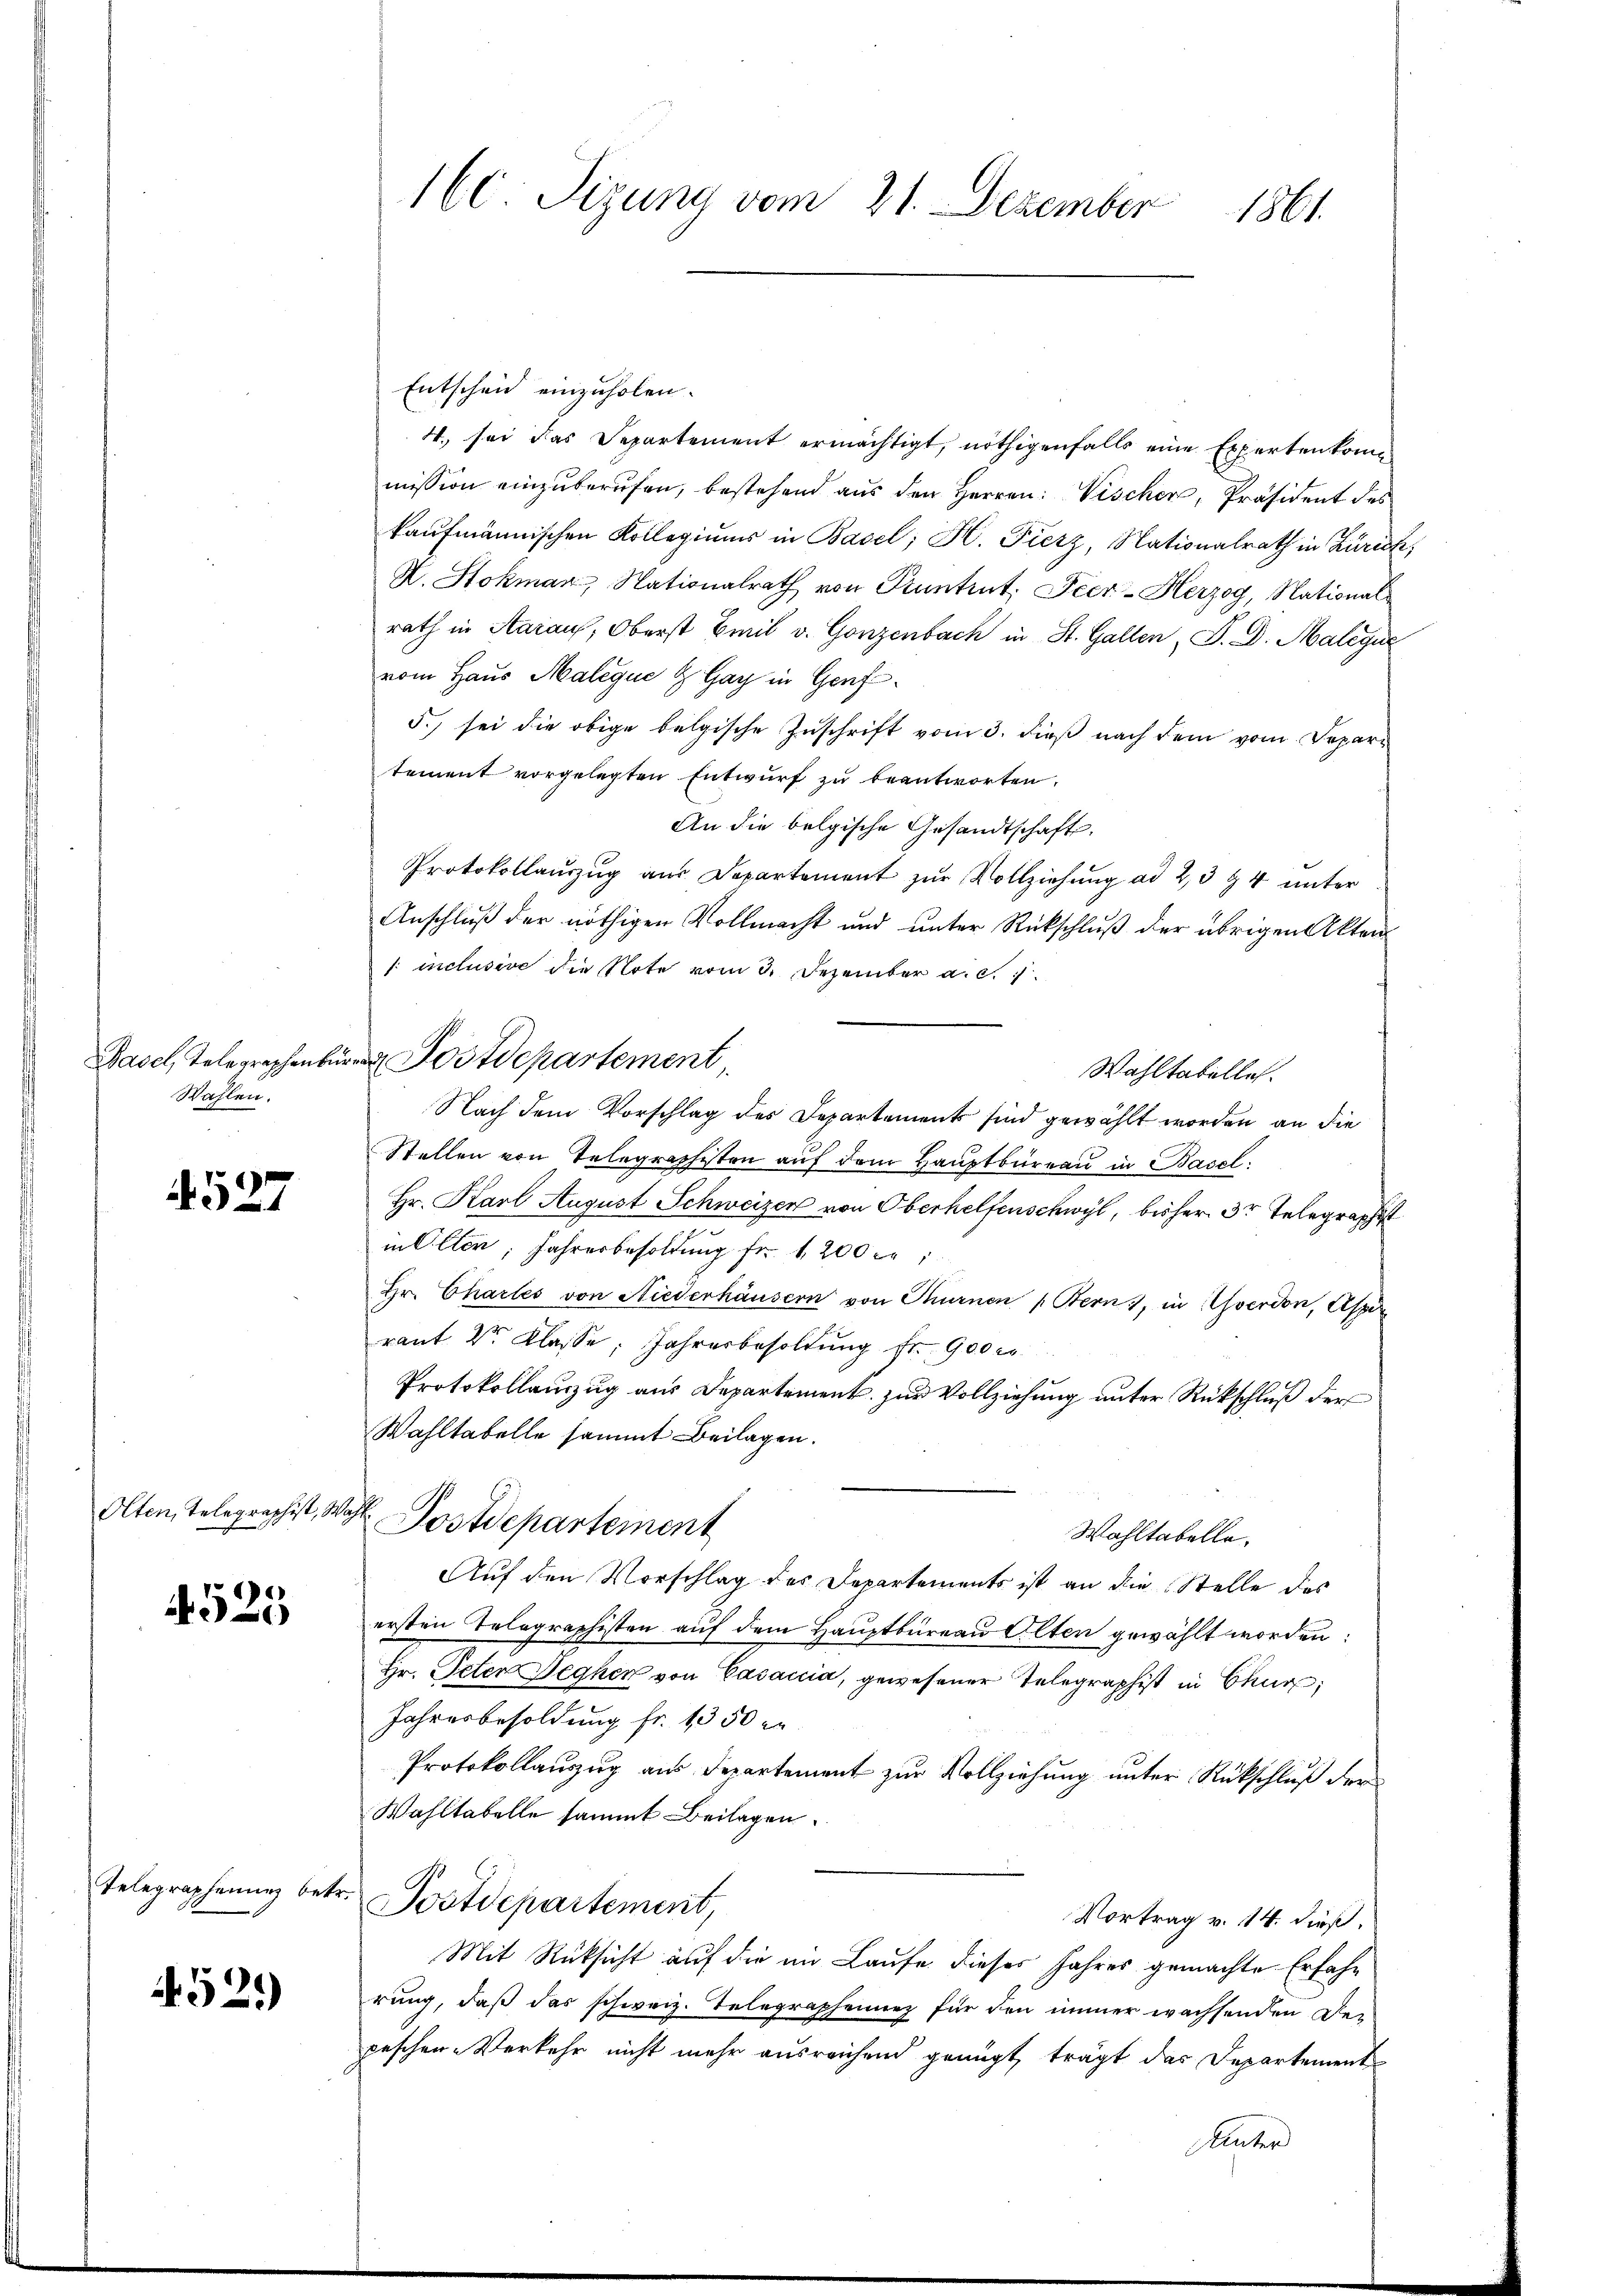
Wahlen.

4527

Olten, Telegraphist, Wahl¬

525

Telegraphenne betr.

52.)

Entscheid einzuholen.
4. sei das Departement ermächtigt, nöthigenfalls eine Expertenkommission einzuberufen, bestehend aus den Herren: Vischer, Präsident des
kaufmännischen Kollegiums in Basel; H. Fierz, Nationalrath in Zürich,
K. Stokman, Nationalrath von Pruntrut. Peer- Herzog, Nationalrath in Aarauf, Oberst Emil v. Gonzenbach in St. Gallen, S. D. Malegu
vom Haus Malique & Gay in Genf
5.) sei die obige belgische Zuschrift vom 3. dieß nach dem vom Departement vorgelegten Entwurf zu beantworten.
An die belgische Gesandtschaft.
Protokollaŭszŭg aŭs Departement zŭr Vollziehŭng ad 2,3 & 4 unter
Anschluß der nöthigen Vollmacht und unter Rückschluß der übrigen Akten
/: inclusive die Note vom 3. Dezember a. c. 1
Wahltabelle.
Nach dem Vorschlag des Departements sind gewählt worden an die
Stellen von Telegraphesten aŭf dem Hauptbüreau in Basel:
Hr. Karl August Schweizer von Oberhelfenschwyl, bisher Dr Telegraphist
in Olten, Jahresbesoldung fr. 1200 Fr
Hr. Chartes von Niederhäusern von Thurnen „Bern), in verdon, Aspir
rant 2r Klasse: Jahresbesoldung fr. 900 r
Protokollauzzug aus Departement zur Vollziehung unter Rückschluß der
Wahltabelle sammt Beilagen.
Postdepartement
Wahltabelle.
Auf den Vorschlag des Departements ist an die Stelle des
ersten Telegraphisten auf dem Hauptbüreau Alten gewählt worden:
Hr. Peten Segen von Casaccia, gewesener Telegraphist in Chur,
Jahresbesoldung fr. 1350 er
Protokollauszug aus Departement zur Vollziehung unter Rückschluß der
Wahltabelle sammt Beilagen.
Postdepartement,
Vortrag v. 14. dieß,
Mit Rüksicht auf die im Laufe dieses Jahres gemachte Erfahr
rung, daß das schweiz. Telegraphennez für den immer wachsenden Depeschen Verkehr nicht mehr ausreichend genügt, trägt das Departement
Unter

160: Sizung vom 21. Dezember 1861.

Basel, Telegraphen Postdepartement